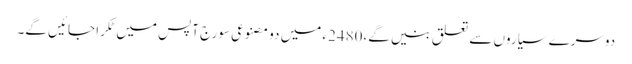
دوسرے سیاروں سے تعلق بنیں گے،2480ء میں دو مصنوعی سورج آپس میں ٹکرا جائیں گے۔